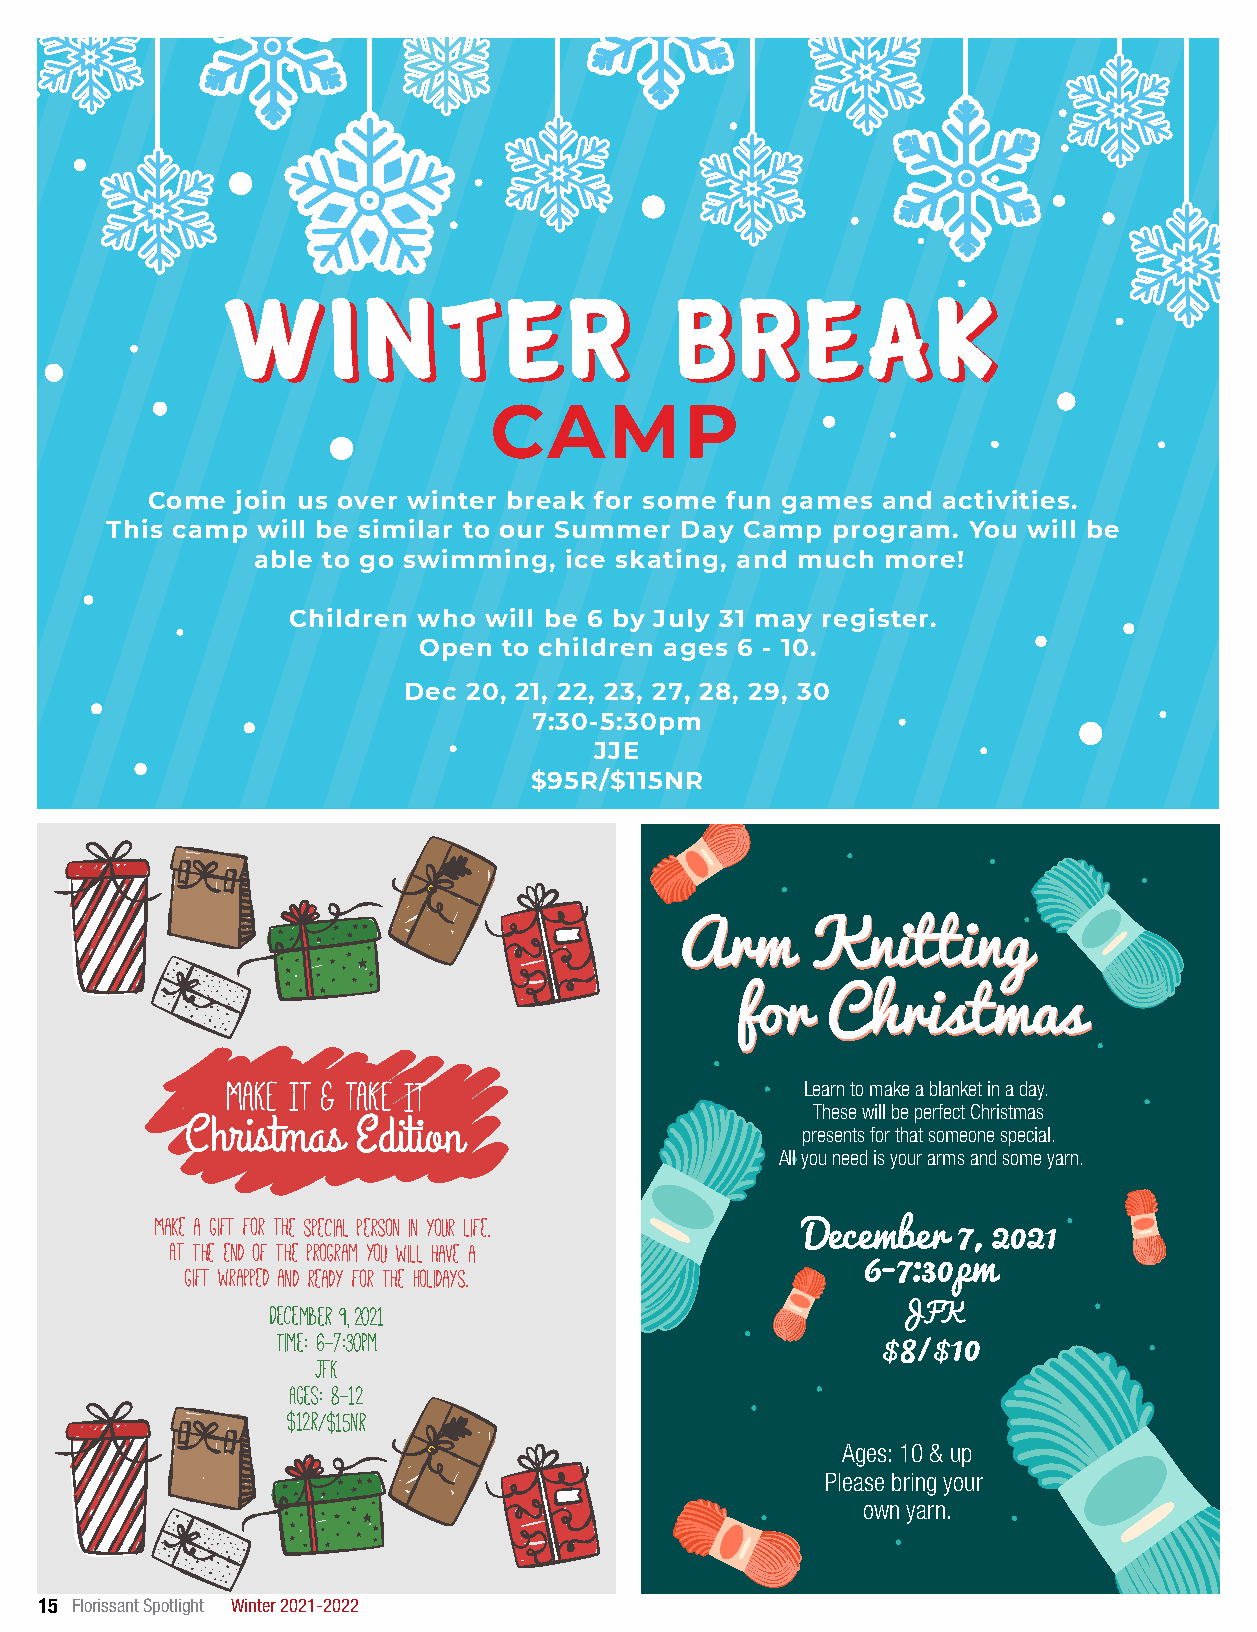
WWIINNTTEERR                  bbrreeaakk
 CAMP
 Come  join us over winter break for some fun games and activities.
 This camp will be similar to our Summer Day Camp program. You will be
 able to go swimming, ice skating, and much more!
 Children who will be 6 by July 31 may register.
 Open to children ages 6 - 10.
 Dec 20, 21, 22, 23, 27, 28, 29, 30
 7:30-5:30pm
 JJE
 $95R/$115NR
 AArrmm   KKnniittttiinngg
 ffoorr CChhrriissttmmaass
 MAKE IT & TAKE IT
 Learn to make a blanket in a day.
 These will be perfect Christmas
 Christmas  Edition                       presents for that someone special.
 All you need is your arms and some yarn.
 Make a gift for the special person in your life.
 December  7, 2021
 At the end of the program you will have a
 gift wrapped and ready for the Holidays.     6-7:30pm
 December 9, 2021
 JFK
 Time: 6-7:30pm
 8  10
 JFK                                  $  /$
 Ages: 8-12
 $12r/$15nr
 Ages: 10 & up
 Please bring your
 own yarn.
 15 Florissant Spotlight Winter 2021-2022